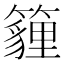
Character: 𥵷